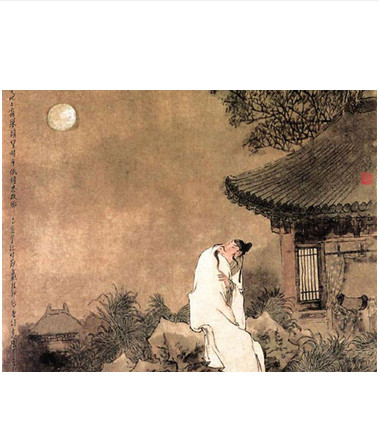
徙倚霜风里，落日伴人愁。